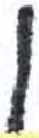
אות: ן